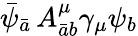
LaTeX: \bar{\psi}_{\bar{a}}\, A_{\bar{a}b}^{\mu}\gamma_{\mu}\psi_{b}